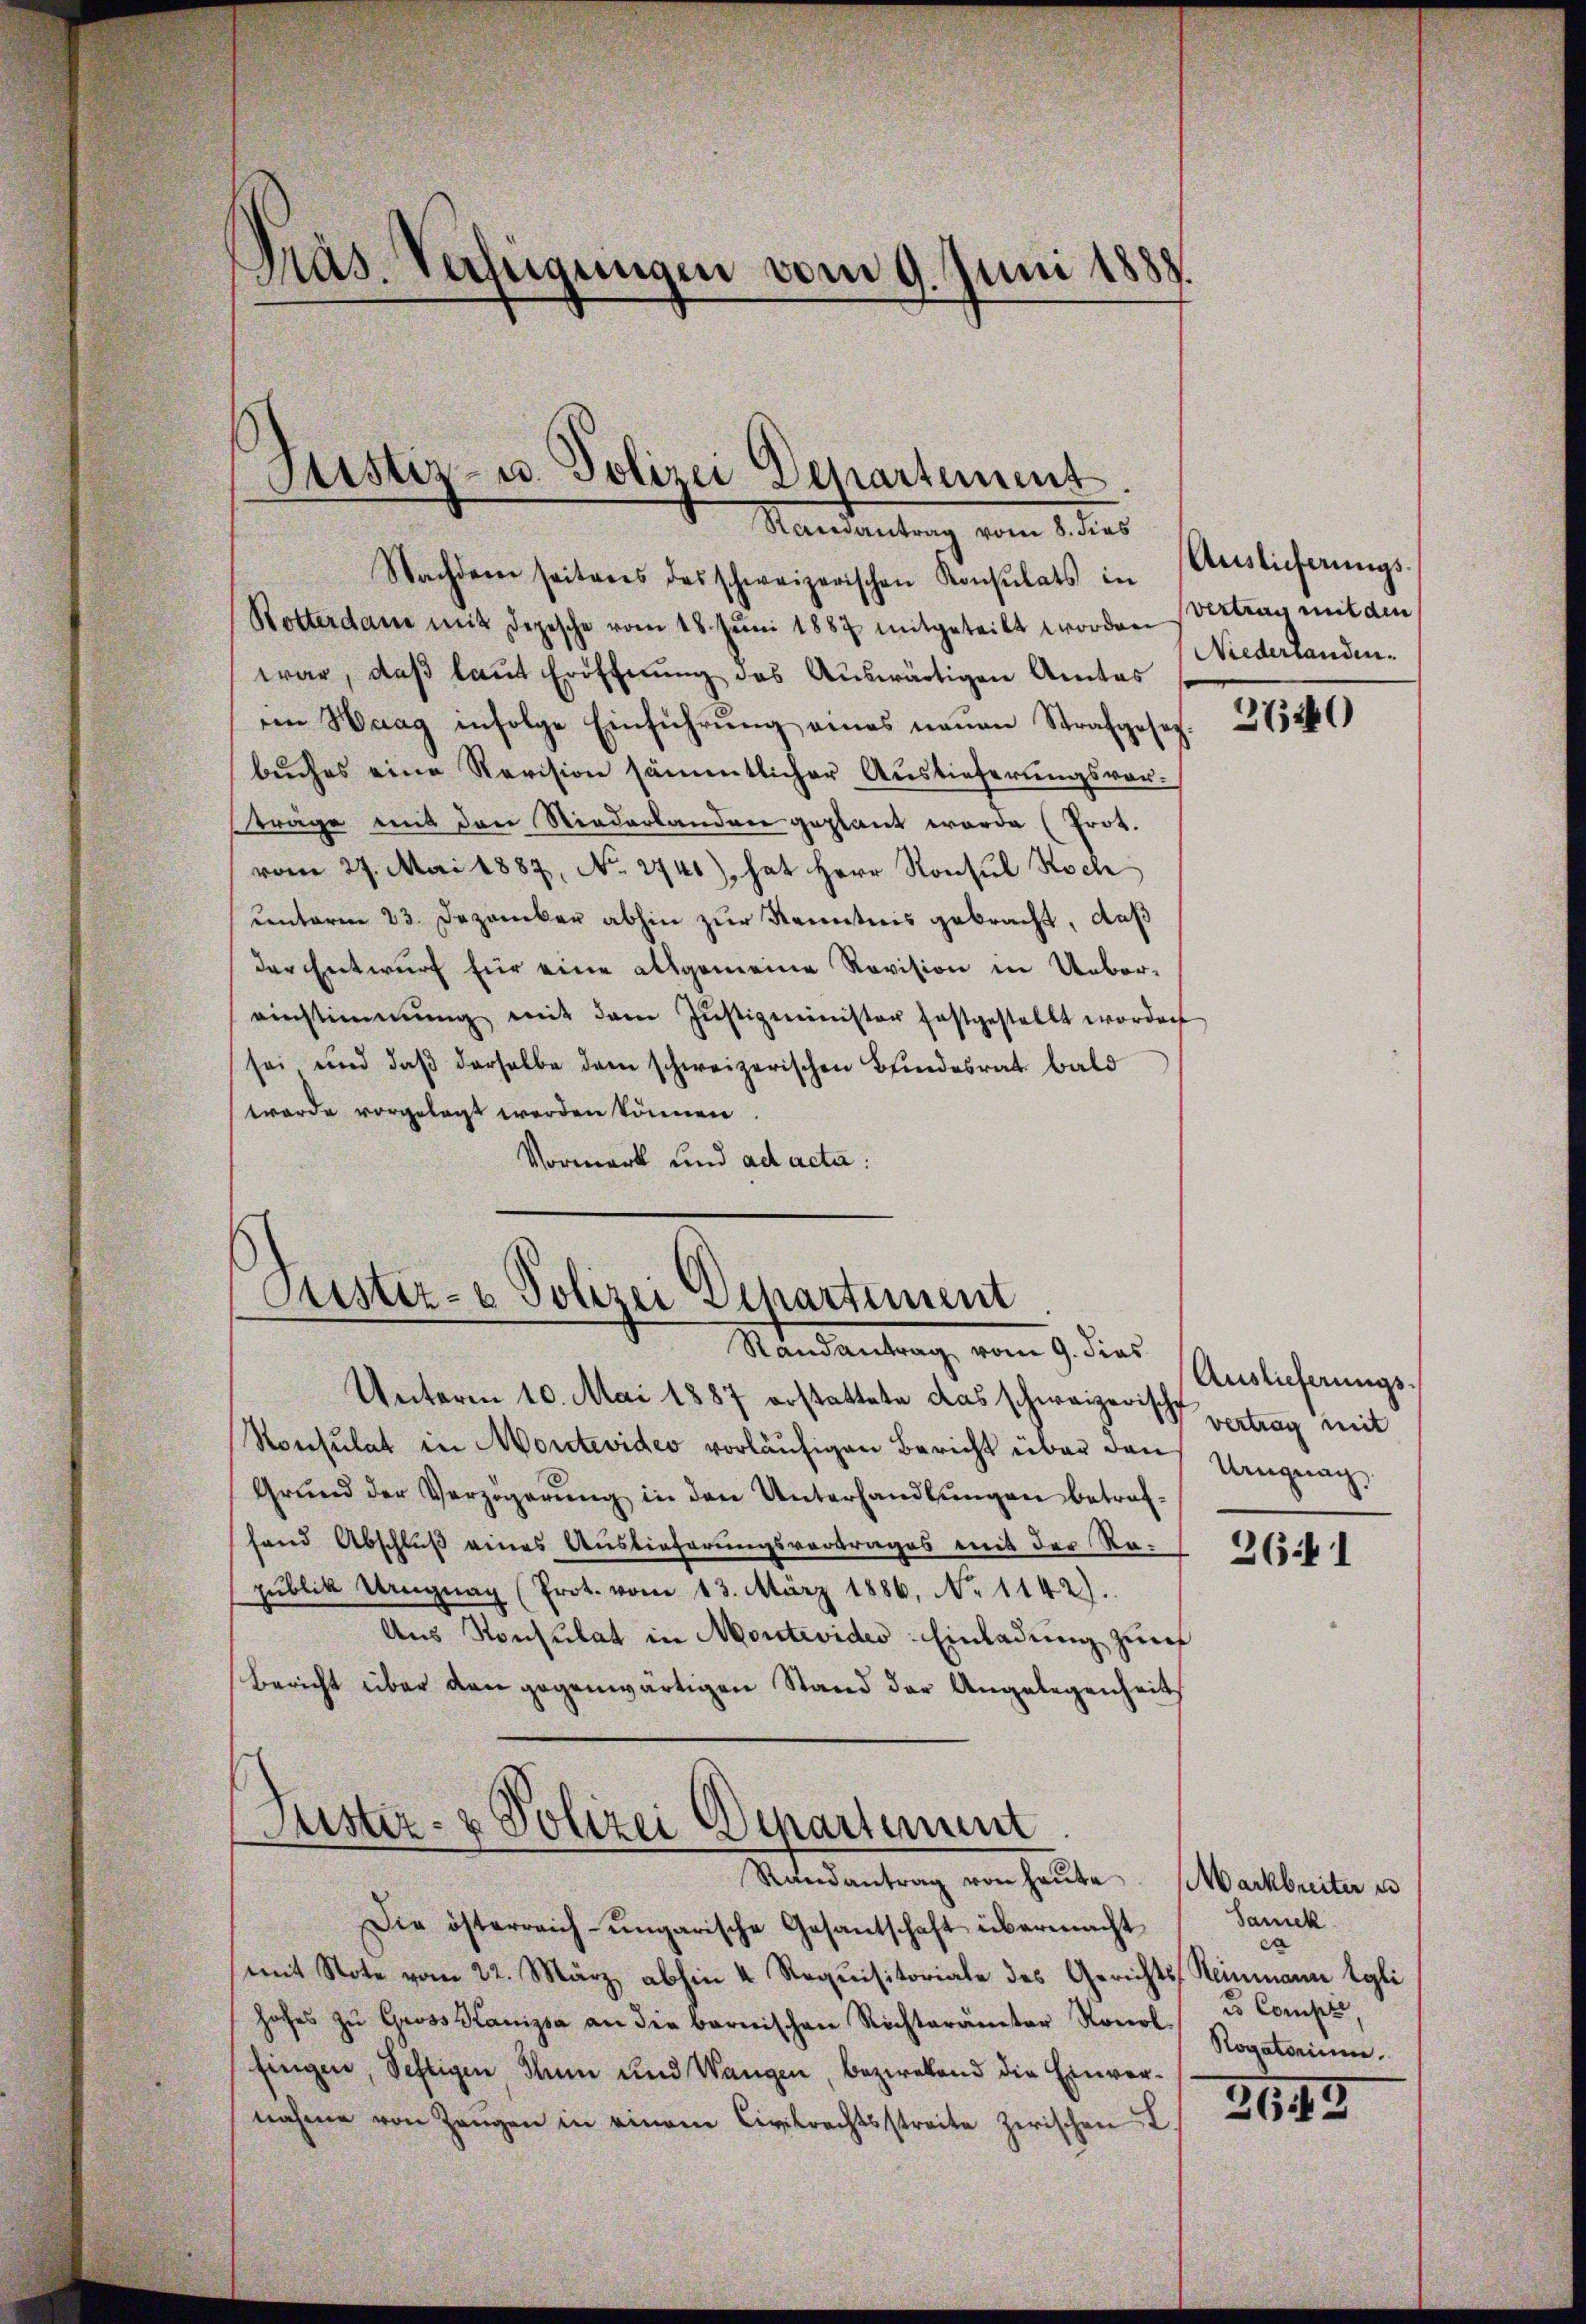
¬
pas. Verfügungen vom 9. Juni 1888.

Justiz- u. Polizei Departement.

Justiz- & Polizei Departiment
Randantrag vom 9. dies

Randantrag vom 8. dies
Nachdem seitens des schweizerischen Konsulats in Auslieferŭngs-
Rotterdam mit Depesche vom 18. Jŭni 1887 mitgeteilt worden Vertrag mit den
war, daß laut Eröffnung des Auswärtigen Amtes
im Haag infolge Einführung eines neuen Strafgesetzbuches eine Revision sämmtlicher Auslieferungsvor-
träge mit den Niederlanden geplant worde (Prot.
vom 27. Mai 1887, No. 2740), hat Herr Konsul Koch
unterm 23. Dezember abhin zur Kenntnis gebracht, daß
der Entwurf für eine allgemeine Revision in Uebereinstimmung mit dem Jŭstizminister festgestellt worden
sei und daß derselbe dem schweizerischen Bindesrat bald
wurde vorgelegt werden können.
Vormerk und ad acta:

Unterm 10. Mai 1887 erstattete das schweizerisch vertrag mit
Konsulat in Montevideo vorläufigen Bericht über den Ungeac
Grŭnd der Verzögerŭng in den Unterhandlŭngen betraf-
fand Abschluß eines Auslieferungsvertrages mit der Re-
publik Ungnag (Prot. vom 13. März 1886, No 1142).
Aus Konsulat in Montevides Einladung zur
Bericht über den gegenwärtigen Stand der Angelegenheit

Puster- & Polizei Departement
Randantrag von heŭte. (Markbreiter u

Niederlanden.

Die österreich-ungarische Gesantschaft übermacht
mit Note vom 22. März abhin 4 Requisitoriale des Gerichts, Heinmann Egli
hohes zŭ Gross Kanipsa an die bernischen Richterämter Ronol u Compii,
fingen, Seftigen Thun und Wangen, beziehend die Einvernahme von Zeŭgen in einem Civilrechtsstreite zwischen I

2740

Auslieferungs-

2641

Samck
ca
Rogatorium.

315